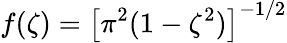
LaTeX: f(\zeta)=\left[\pi^{2}(1-\zeta^{2})\right]^{-1/2}